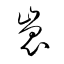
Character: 嵬